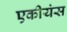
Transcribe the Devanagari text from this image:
एकीयंस